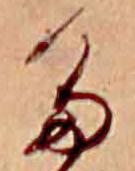
た